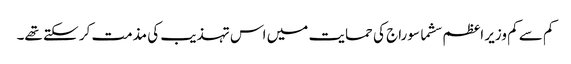
کم سے کم وزیر اعظم سشما سوراج کی حمایت میں اس تہذیب کی مذمت کر سکتے تھے۔